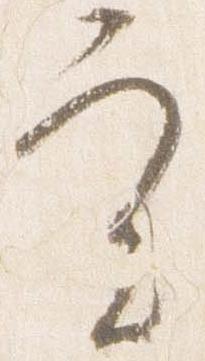
実